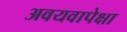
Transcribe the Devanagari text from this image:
अवयवापेक्षा